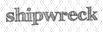
shipwreck